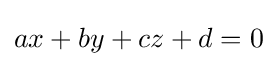
ax+by+cz+d=0